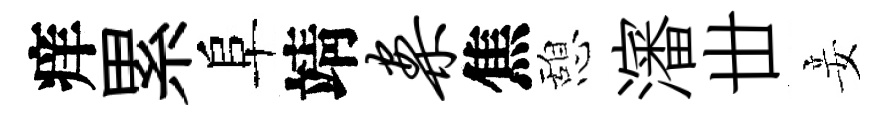
痒累阜靖案焦憩瀋丗妾